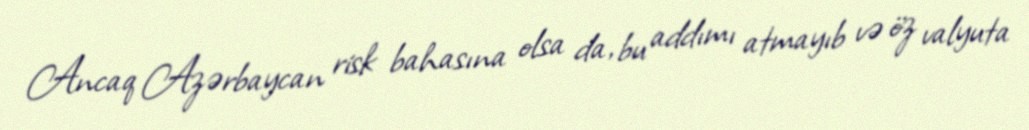
Ancaq Azərbaycan risk bahasına olsa da, bu addımı atmayıb və öz valyuta